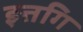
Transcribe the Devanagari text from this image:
इत्तगि